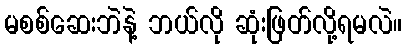
မစစ်ဆေးဘဲနဲ့ ဘယ်လို ဆုံးဖြတ်လို့ရမလဲ။